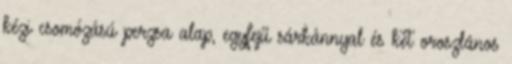
kézi csomózású perzsa alap, egyfejű sárkánnyal és két oroszlános